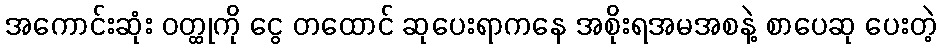
အကောင်းဆုံး ဝတ္ထုကို ငွေ တထောင် ဆုပေးရာကနေ အစိုးရအမအစနဲ့ စာပေဆု ပေးတဲ့